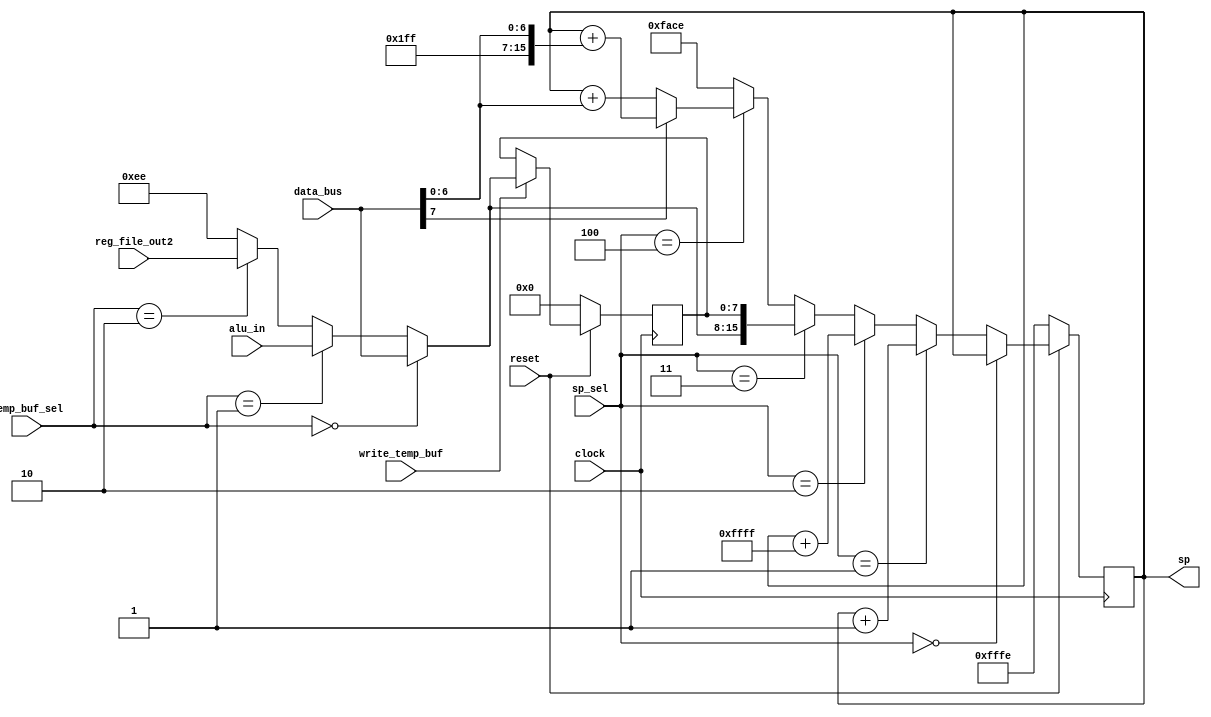
`timescale 1ns / 1ns

module sp_mod(
    input clock,
    input reset,

    input [2:0]sp_sel,
    input [7:0]data_bus,
    input [7:0]alu_in,
    input [7:0]reg_file_out2,
    input [1:0]temp_buf_sel,
    input write_temp_buf,

    output [15:0]sp
    );

    parameter sp_sel_sp = 'd0,
              sp_sel_sp_incr = 'd1,
              sp_sel_sp_decr = 'd2,
              sp_sel_temp_buf = 'd3,
              sp_sel_data_bus_rel = 'd4;

    parameter sp_temp_sel_data_bus = 'd0,
              sp_temp_sel_alu = 'd1,
              sp_temp_sel_reg_file_out2 = 'd2;

    reg [15:0] sp_register;
    reg [7:0] sp_temp_buffer;

    wire [15:0]sp_reg_mux_out;
    wire [15:0]data_bus_rel_value;

    assign sp = sp_register;

    wire [7:0]temp_buf_in;

    // SP register input mux
    assign sp_reg_mux_out = 
        (sp_sel == sp_sel_sp) ? sp_register :
        (sp_sel == sp_sel_sp_incr) ? sp_register + 'd1 :
        (sp_sel == sp_sel_sp_decr) ? sp_register + 'hFFFF :
        (sp_sel == sp_sel_temp_buf) ? {temp_buf_in, sp_temp_buffer} :
        (sp_sel == sp_sel_data_bus_rel) ? data_bus_rel_value :
        'hFACE; // Should never occur!!!
    
    assign temp_buf_in =
        (temp_buf_sel == sp_temp_sel_data_bus) ? data_bus :
        (temp_buf_sel == sp_temp_sel_alu) ? alu_in :
        (temp_buf_sel == sp_temp_sel_reg_file_out2) ? reg_file_out2 :
        'hEE; // Should never occur

    // Perform a signed addition to the sp register
    assign data_bus_rel_value = 
        (data_bus[7] == 'd0) ? sp_register + {9'd0, data_bus[6:0]} :
                               sp_register + {9'h1FF, data_bus[6:0]};

    always @(posedge clock)
    begin
        if (reset == 'd0)
        begin
            sp_register <= 'hFFFE;
            sp_temp_buffer <= 'd0;
        end else begin
            sp_register <= sp_reg_mux_out;

            if (write_temp_buf == 'd1)
            begin
                sp_temp_buffer <= temp_buf_in;
            end else begin
                sp_temp_buffer <= sp_temp_buffer;
            end
        end
    end

endmodule